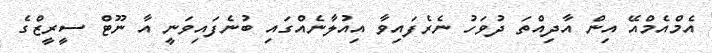
އެމްއެމްއޭ އިން އާދިއްތަ ދުވަހު ނެރެފައިވާ އިއުލާނެއްގައި ބުނެފައިވަނީ އާ ނޫޓް ސީރީޒްގެ